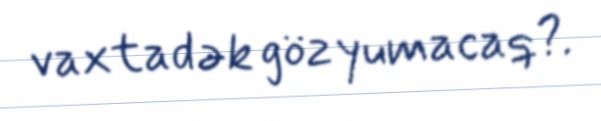
vaxtadək göz yumacaq?.